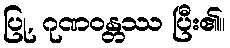
ပြု, ဂုဏဝန္တဿ ပြီး၏။